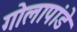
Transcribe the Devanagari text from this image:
गोलापांडे